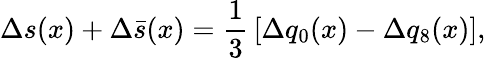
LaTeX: \Delta s(x)+\Delta\bar{s}(x)=\frac{1}{3}\, [\Delta q_{0}(x)-\Delta q_{8}(x)],